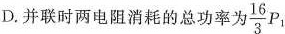
D.并联时两电阻消耗的总功率为 \frac{16}{3}P_{1}